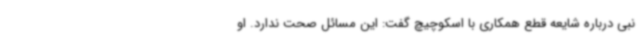
نبی درباره شایعه قطع همکاری با اسکوچیچ گفت: این مسائل صحت ندارد. او